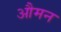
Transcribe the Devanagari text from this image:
औमन